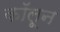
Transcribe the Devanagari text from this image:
कॉलून